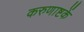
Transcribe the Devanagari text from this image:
करुणाष्टकें